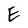
Character: E